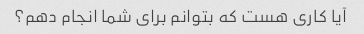
آیا کاری هست که بتوانم برای شما انجام دهم؟